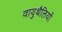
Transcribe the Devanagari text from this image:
वायुथैलियों